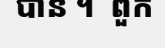
បាន ។  ពួក